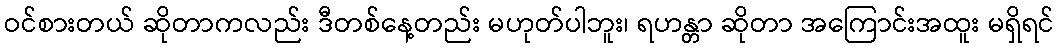
ဝင်စားတယ် ဆိုတာကလည်း ဒီတစ်နေ့တည်း မဟုတ်ပါဘူး၊ ရဟန္တာ ဆိုတာ အကြောင်းအထူး မရှိရင်